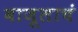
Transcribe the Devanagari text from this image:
बाजूलाचं